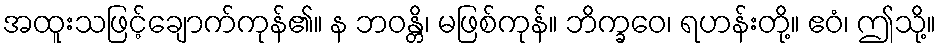
အထူးသဖြင့်ချောက်ကုန်၏။ န ဘဝန္တိ၊ မဖြစ်ကုန်။ ဘိက္ခဝေ၊ ရဟန်းတို့။ ဧဝံ၊ ဤသို့။